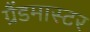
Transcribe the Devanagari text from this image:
ग्रैंडमास्‍टर